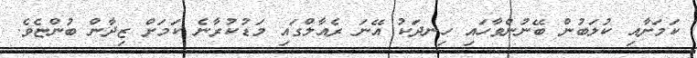
ކަމަށާއި ކުލަބުން ބޭނުންވާހައި ހިނދަކު އޭނަ ރެއާލްގައި މަޑުކުރާނެ ކަމަށް ޒިދާން ބުންޏެވެ.